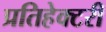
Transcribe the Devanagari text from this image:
प्रतिहेक्टरी